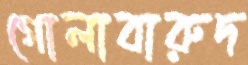
গোলাবারুদ